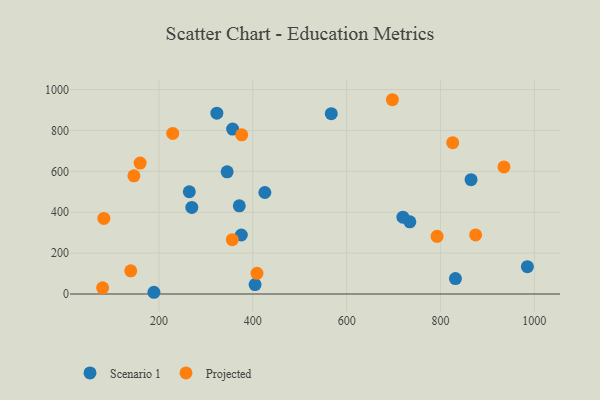
{"axis": {"x": "Speed", "y": "Fuel Efficiency"}, "legend": ["Projected", "Scenario 1"], "data": [{"x": "345.4", "y": 597.9, "type": "Scenario 1"}, {"x": "323.5", "y": 884.6, "type": "Scenario 1"}, {"x": "734.7", "y": 353.2, "type": "Scenario 1"}, {"x": "189.4", "y": 8.5, "type": "Scenario 1"}, {"x": "985.1", "y": 133.9, "type": "Scenario 1"}, {"x": "357.1", "y": 807.0, "type": "Scenario 1"}, {"x": "375.6", "y": 288.7, "type": "Scenario 1"}, {"x": "865.1", "y": 559.4, "type": "Scenario 1"}, {"x": "831.8", "y": 75.7, "type": "Scenario 1"}, {"x": "425.8", "y": 496.5, "type": "Scenario 1"}, {"x": "719.9", "y": 375.9, "type": "Scenario 1"}, {"x": "270.1", "y": 423.6, "type": "Scenario 1"}, {"x": "404.9", "y": 46.2, "type": "Scenario 1"}, {"x": "371.3", "y": 431.2, "type": "Scenario 1"}, {"x": "567.3", "y": 882.0, "type": "Scenario 1"}, {"x": "264.8", "y": 500.3, "type": "Scenario 1"}, {"x": "80.1", "y": 30.5, "type": "Projected"}, {"x": "140.0", "y": 113.5, "type": "Projected"}, {"x": "160.0", "y": 640.4, "type": "Projected"}, {"x": "697.5", "y": 950.4, "type": "Projected"}, {"x": "935.2", "y": 621.6, "type": "Projected"}, {"x": "874.8", "y": 289.1, "type": "Projected"}, {"x": "376.4", "y": 778.9, "type": "Projected"}, {"x": "146.7", "y": 578.2, "type": "Projected"}, {"x": "792.7", "y": 282.4, "type": "Projected"}, {"x": "229.5", "y": 785.5, "type": "Projected"}, {"x": "409.0", "y": 101.1, "type": "Projected"}, {"x": "826.0", "y": 740.4, "type": "Projected"}, {"x": "356.4", "y": 265.6, "type": "Projected"}, {"x": "82.7", "y": 369.7, "type": "Projected"}]}